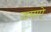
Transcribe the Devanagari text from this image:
जमाऐ